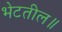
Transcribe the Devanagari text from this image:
भेटतील॥